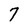
Character: 7